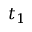
t _ { 1 }